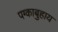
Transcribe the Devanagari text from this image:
पग्काबुहाय